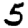
Digit: 5